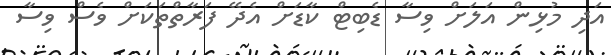
އަދި މުޅިން އަލަށް ވިސާ ޑެބިޓް ކާޑަށް އެދޭ ފަރާތްތަކަށް ވެސް ވިސާ